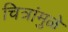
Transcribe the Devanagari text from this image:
चित्रांमुळे